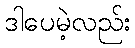
ဒါပေမဲ့လည်း